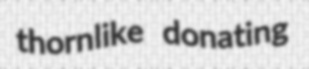
thornlike donating